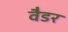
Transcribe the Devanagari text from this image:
वैडर